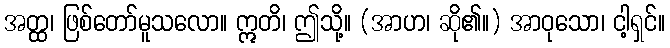
အတ္ထ၊ ဖြစ်တော်မူသလော။ ဣတိ၊ ဤသို့။ (အာဟ၊ ဆို၏။) အာဝုသော၊ ငါ့ရှင်။